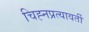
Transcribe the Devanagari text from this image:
चिह्नप्रत्यावर्ती